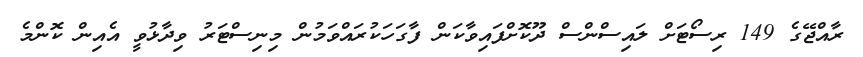
ރާއްޖޭގެ 149 ރިސޯޓަށް ލައިސްންސް ދޫކޮށްފައިވާކަން ފާގަހަކުރައްވަމުން މިނިސްޓަރު ވިދާޅުވީ އެއިން ކޮންމެ